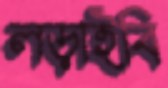
লড়াইবি